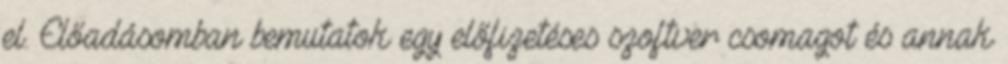
el. Előadásomban bemutatok egy előfizetéses szoftver csomagot és annak